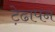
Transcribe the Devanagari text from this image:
ट़ेढापन